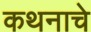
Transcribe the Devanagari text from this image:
कथनाचे